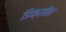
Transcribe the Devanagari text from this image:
डिक्साॅन